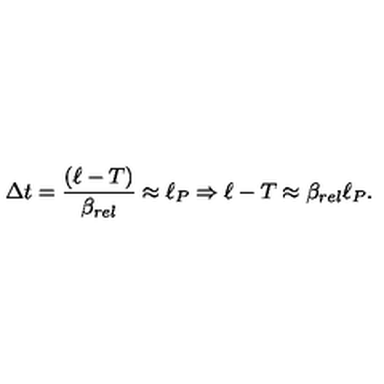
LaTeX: \Delta t = { \frac { ( \ell - T ) } { \beta _ { r e l } } } \approx \ell _ { P } \Rightarrow \ell - T \approx \beta _ { r e l } \ell _ { P } .